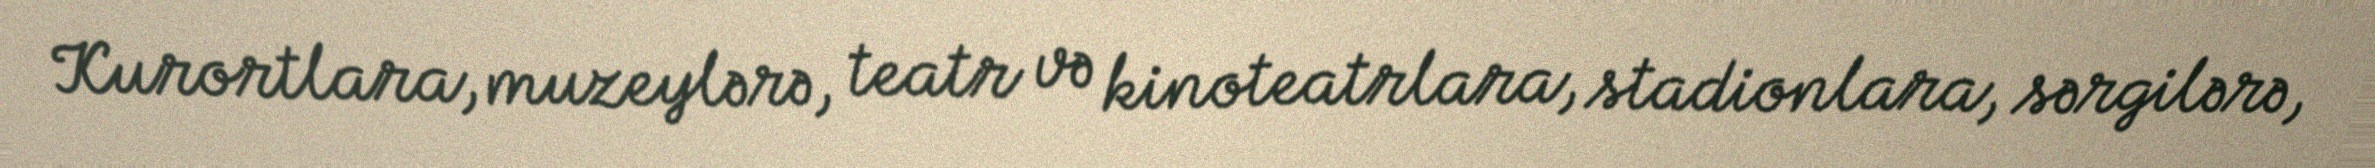
Kurortlara, muzeylərə, teatr və kinoteatrlara, stadionlara, sərgilərə,